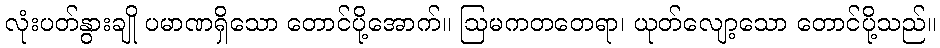
လုံးပတ်နွားချို ပမာဏရှိသော တောင်ပို့အောက်။ ဩမကတတေရာ၊ ယုတ်လျော့သော တောင်ပို့သည်။